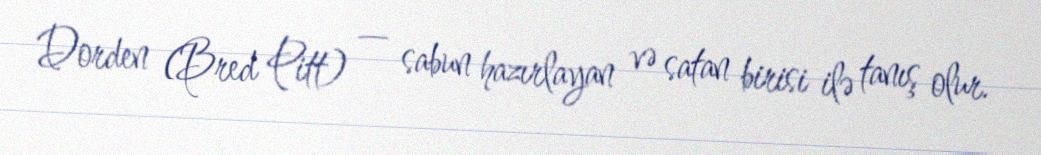
Dorden (Bred Pitt) — sabun hazırlayan və satan birisi ilə tanış olur.